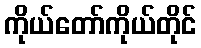
ကိုယ်တော်ကိုယ်တိုင်